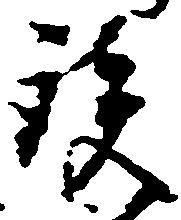
談